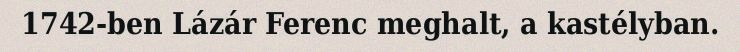
1742-ben Lázár Ferenc meghalt, a kastélyban.